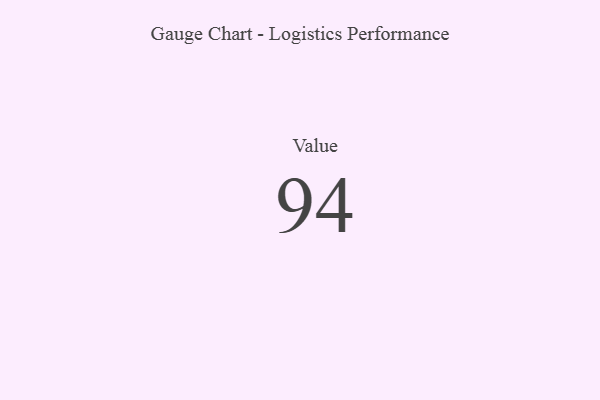
{"axis": {"x": "Metric", "y": "Value"}, "legend": [""], "data": [{"x": "Value", "y": 94, "type": ""}]}